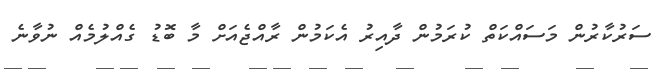
ސަރުކާރުން މަސައްކަތް ކުރަމުން ދާއިރު އެކަމުން ރާއްޖެއަށް މާ ބޮޑު ގެއްލުމެއް ނުވާނެ